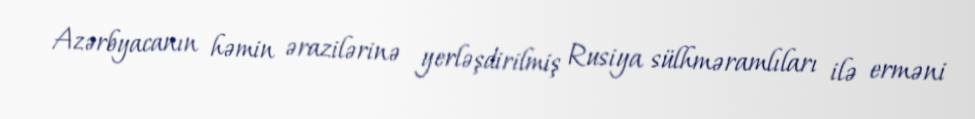
Azərbyacanın həmin ərazilərinə yerləşdirilmiş Rusiya sülhməramlıları ilə erməni